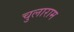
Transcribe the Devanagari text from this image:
चुलाराम